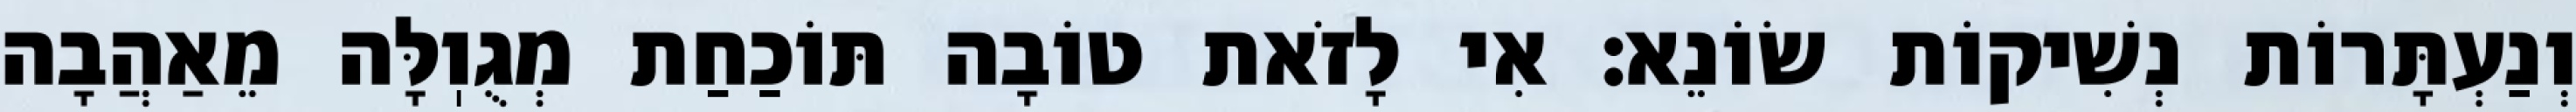
וְנַעְתָּרוֹת נְשִׁיקוֹת שׂוֹנֵא: אִי לָזֹאת טוֹבָה תּוֹכַחַת מְגֻוֽלָּה מֵאַהֲבָה